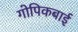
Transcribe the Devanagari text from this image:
गोपिकबाई